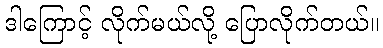
ဒါကြောင့် လိုက်မယ်လို့ ပြောလိုက်တယ်။